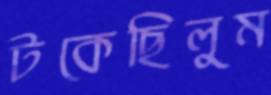
টকেছিলুম